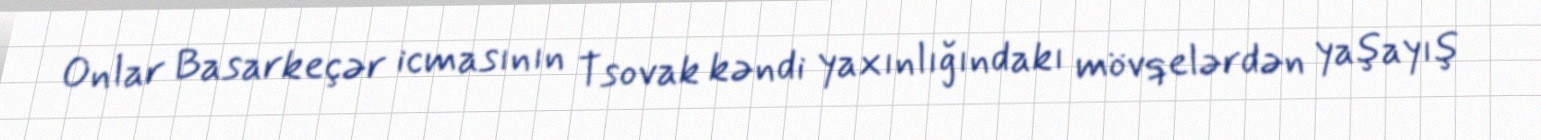
Onlar Basarkeçər icmasının Tsovak kəndi yaxınlığındakı mövqelərdən yaşayış